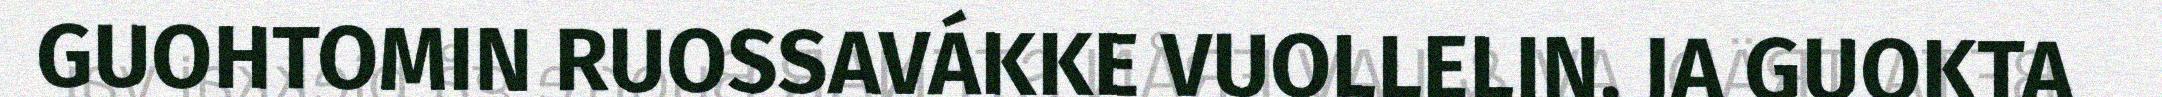
GUOHTOMIN RUOSSAVÁKKE VUOLLELIN, JA GUOKTA